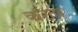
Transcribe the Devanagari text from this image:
कख्ष